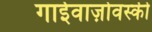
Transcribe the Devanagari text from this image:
गाईवाज़ोवस्की